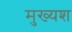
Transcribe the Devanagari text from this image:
मुख्यश